65_HS1-834228961_62-HQ-83894_Section_5
Agency: FBI
Page 26
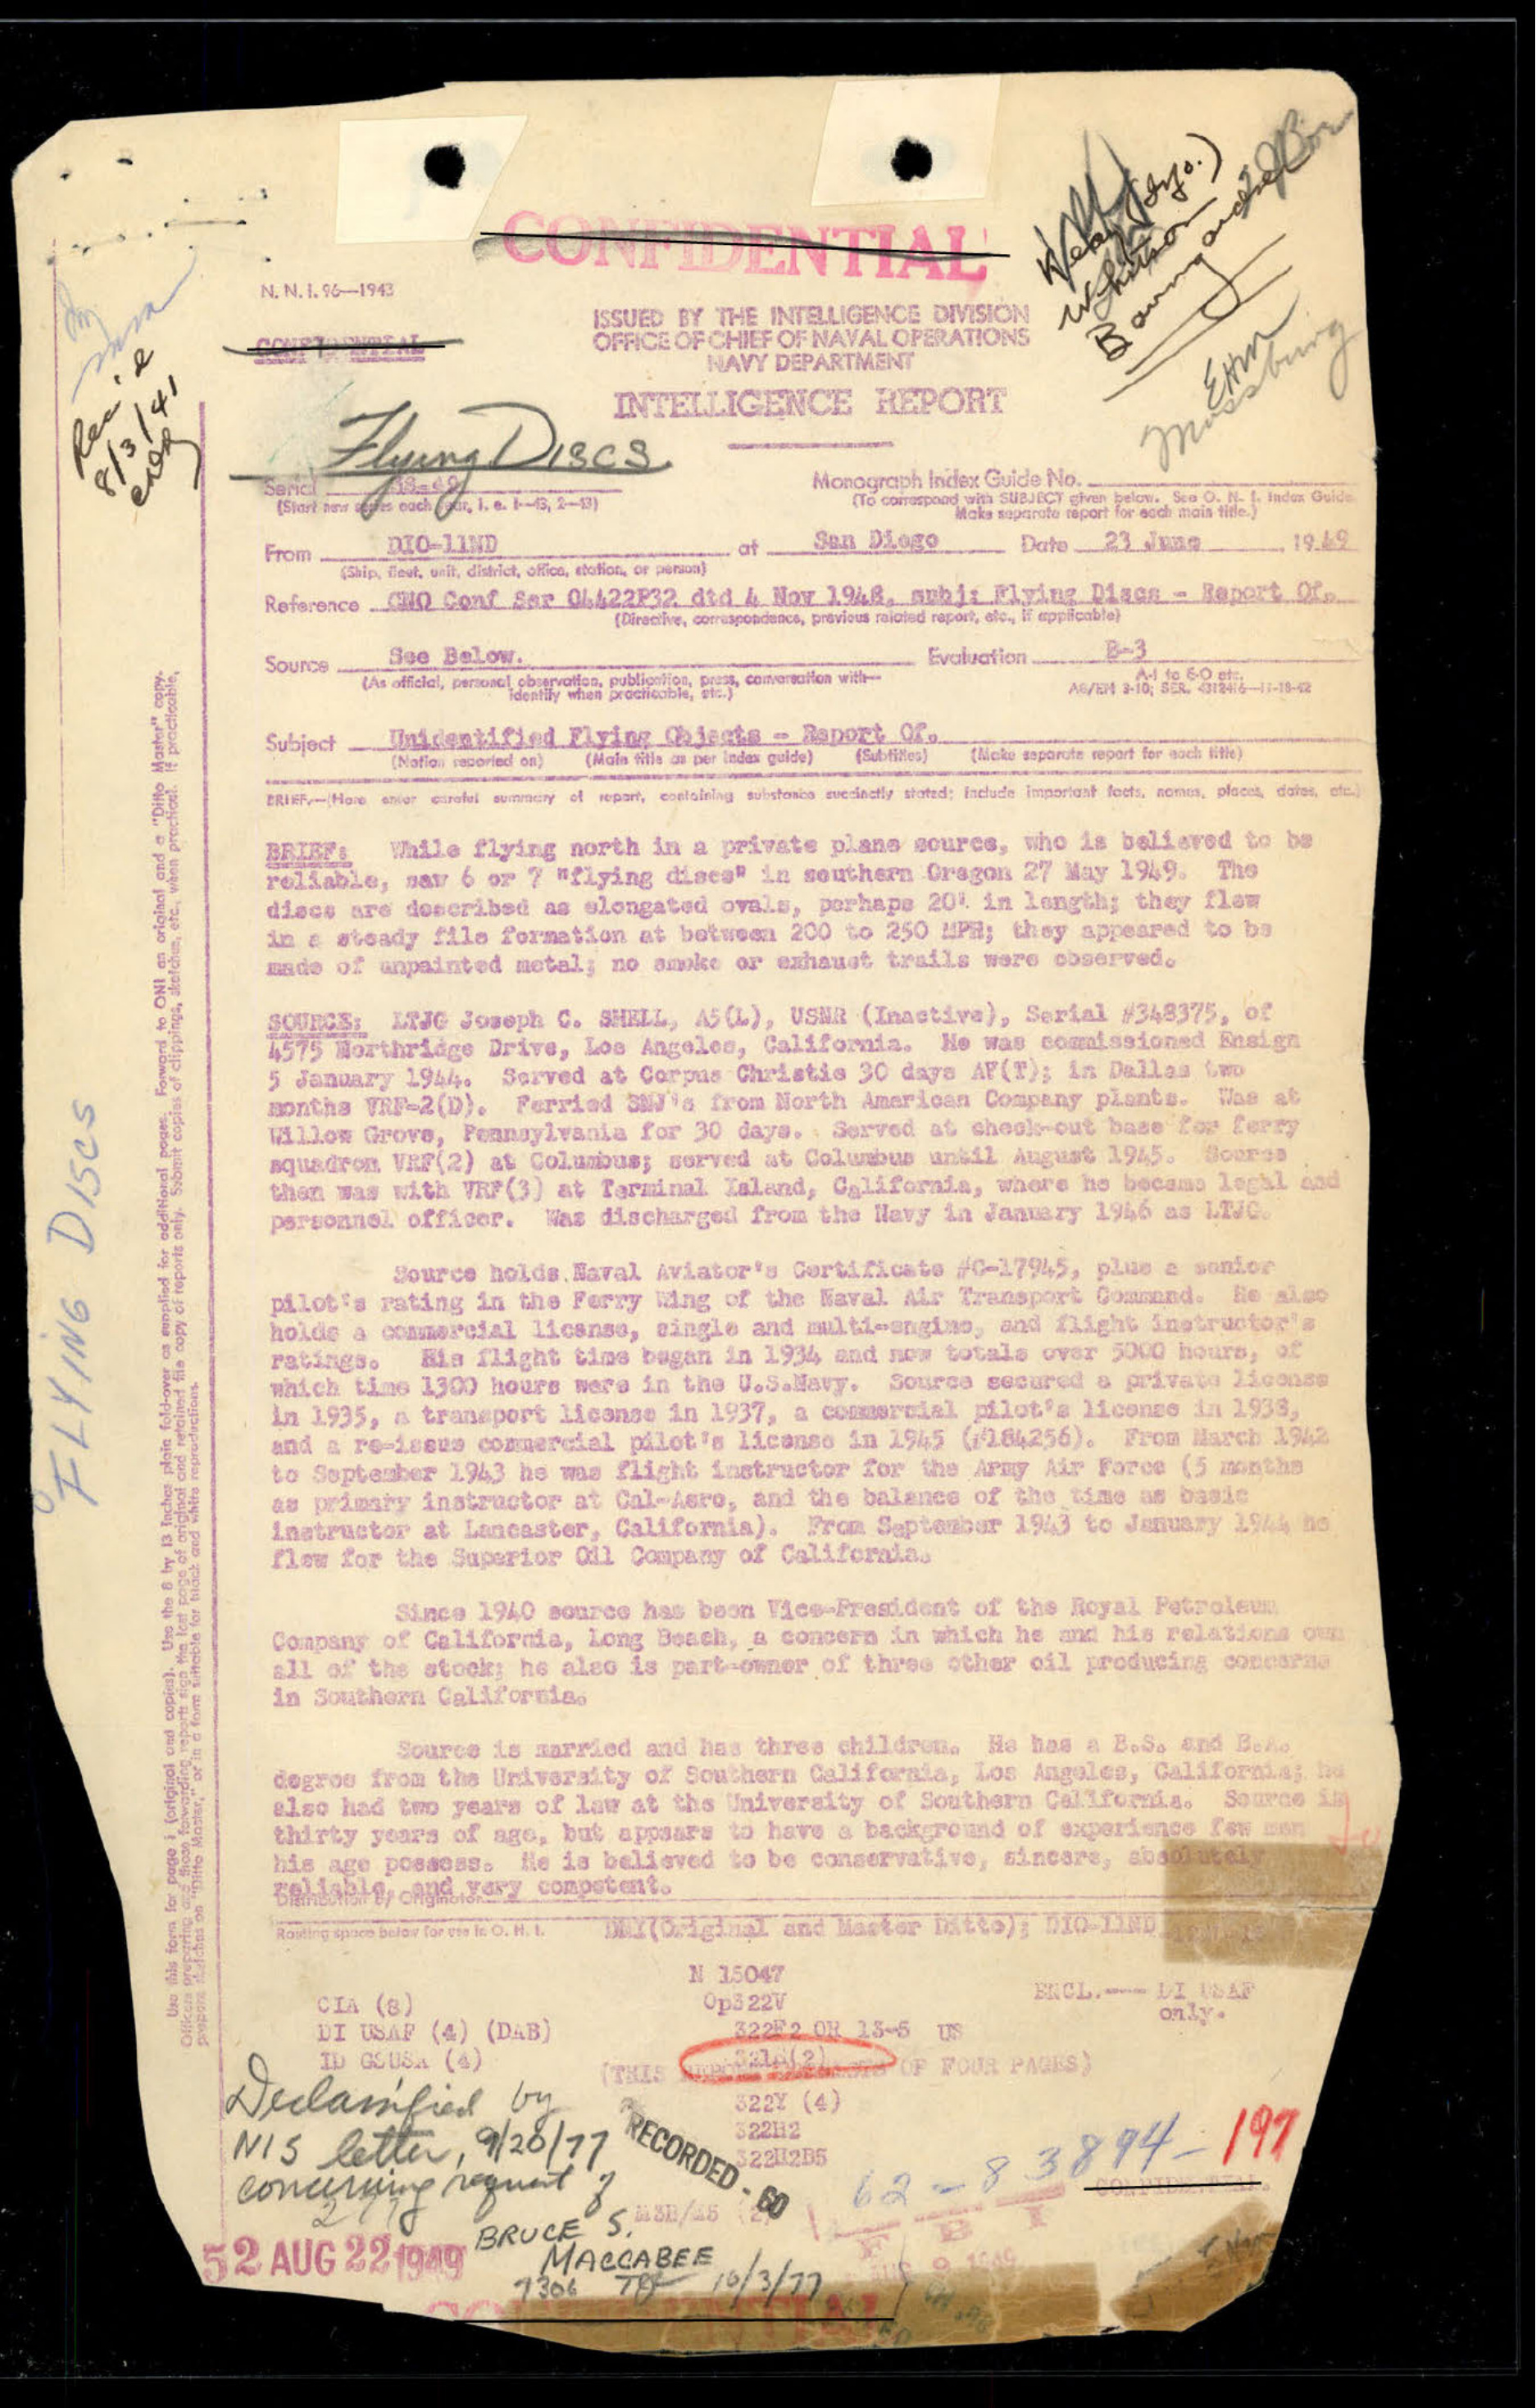